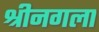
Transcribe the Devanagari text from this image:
श्रीनगला